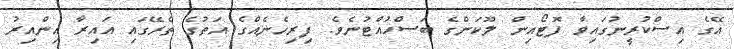
އޭގެ އިސްކުރީނުގައިވާ ފޮޓޯއިން ލޫކަންގެ ބަސްހުއްޓުނެވެ. ފިރިހެނެއްގެ އަތުގެ ތެރޭގައި އައިރާ އިންއިރު